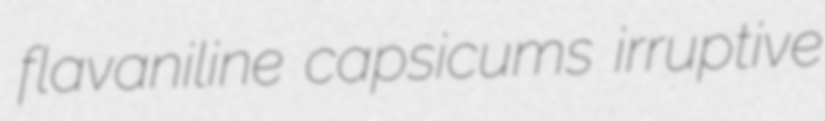
flavaniline capsicums irruptive